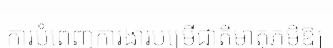
ការបំពេញការងារបម្រើជាតិមាតុភូមិឱ្យ